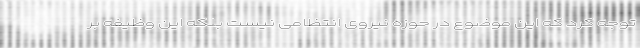
توجه کرد که این موضوع در حوزه نیروی انتظامی نیست بلکه این وظیفه بر